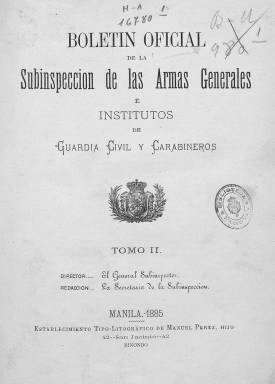
Título: Boletín oficial de la Subinspección de las Armas Generales e Institutos de Guardia Civil y Carabineros
Colección: Derecho || Fuerzas armadas
Ámbito geográfico: Filipinas
Lugar de publicación: Manila
Fechas: 01/01/1885-31/12/1885